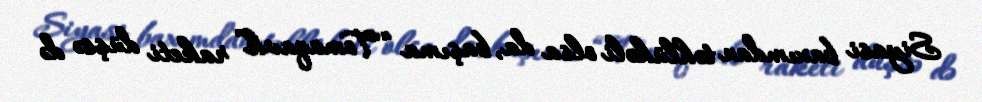
Siyasi baxımdan təhlükəli olsa da, başıma “Tomaqavk” raketi düşsə də